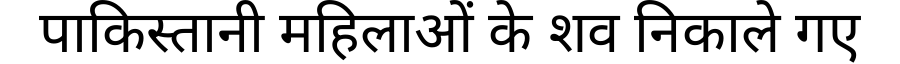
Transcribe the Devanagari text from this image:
पाकिस्तानी महिलाओं के शव निकाले गए